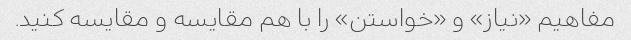
مفاهیم «نیاز» و «خواستن» را با هم مقایسه و مقایسه کنید.